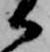
御